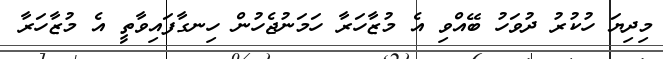
މިދިޔަ ހުކުރު ދުވަހު ބޭއްވި އެ މުޒާހަރާ ހަމަނުޖެހުން ހިނގާފައިވާތީ އެ މުޒާހަރާ